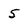
Character: 5